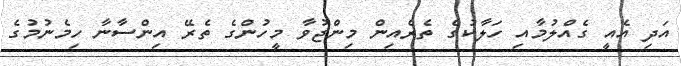
އަދި އެއީ ގެއްލުމާއި ހަލާކުގެ ތެރެއިން މިންޖުވާ މީހުންގެ ތެރޭ އިންސާނާ ހިމެނުމުގެ